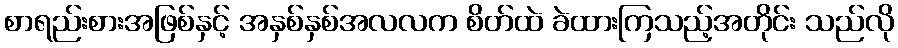
စာရည်းစားအဖြစ်နှင့် အနှစ်နှစ်အလလက စိတ်ထဲ ခဲထားကြသည့်အတိုင်း သည်လို